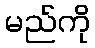
မည်ကို